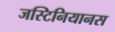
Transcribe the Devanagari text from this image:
जस्टिनियानस